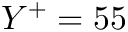
Y ^ { + } = 5 5